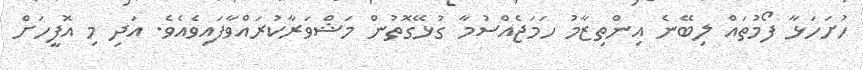
ހުށަހަޅާ ފޯމުތައް ލިބޭނެ އިންތިޒާމު ހަމަޖެއްސުމާ ގުޅޭގޮތުން މަޝްވަރާކުރައްވާފައިވެއެވެ. އަދި މި އޮފީހަށް